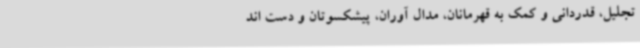
تجلیل، قدردانی و کمک به قهرمانان، مدال آوران، پیشکسوتان و دست اند